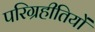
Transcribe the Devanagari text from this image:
परिग्रहीतियों